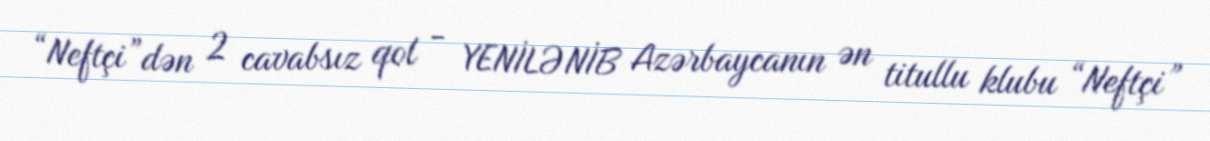
“Neftçi”dən 2 cavabsız qol - YENİLƏNİB Azərbaycanın ən titullu klubu “Neftçi”